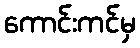
ကောင်းကင်မှ